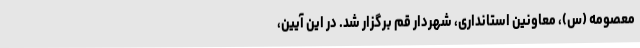
معصومه (س)، معاونین استانداری، شهردار قم برگزار شد. در این آیین،